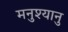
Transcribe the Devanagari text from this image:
मनुश्‍यानु